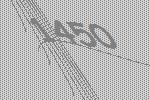
1450